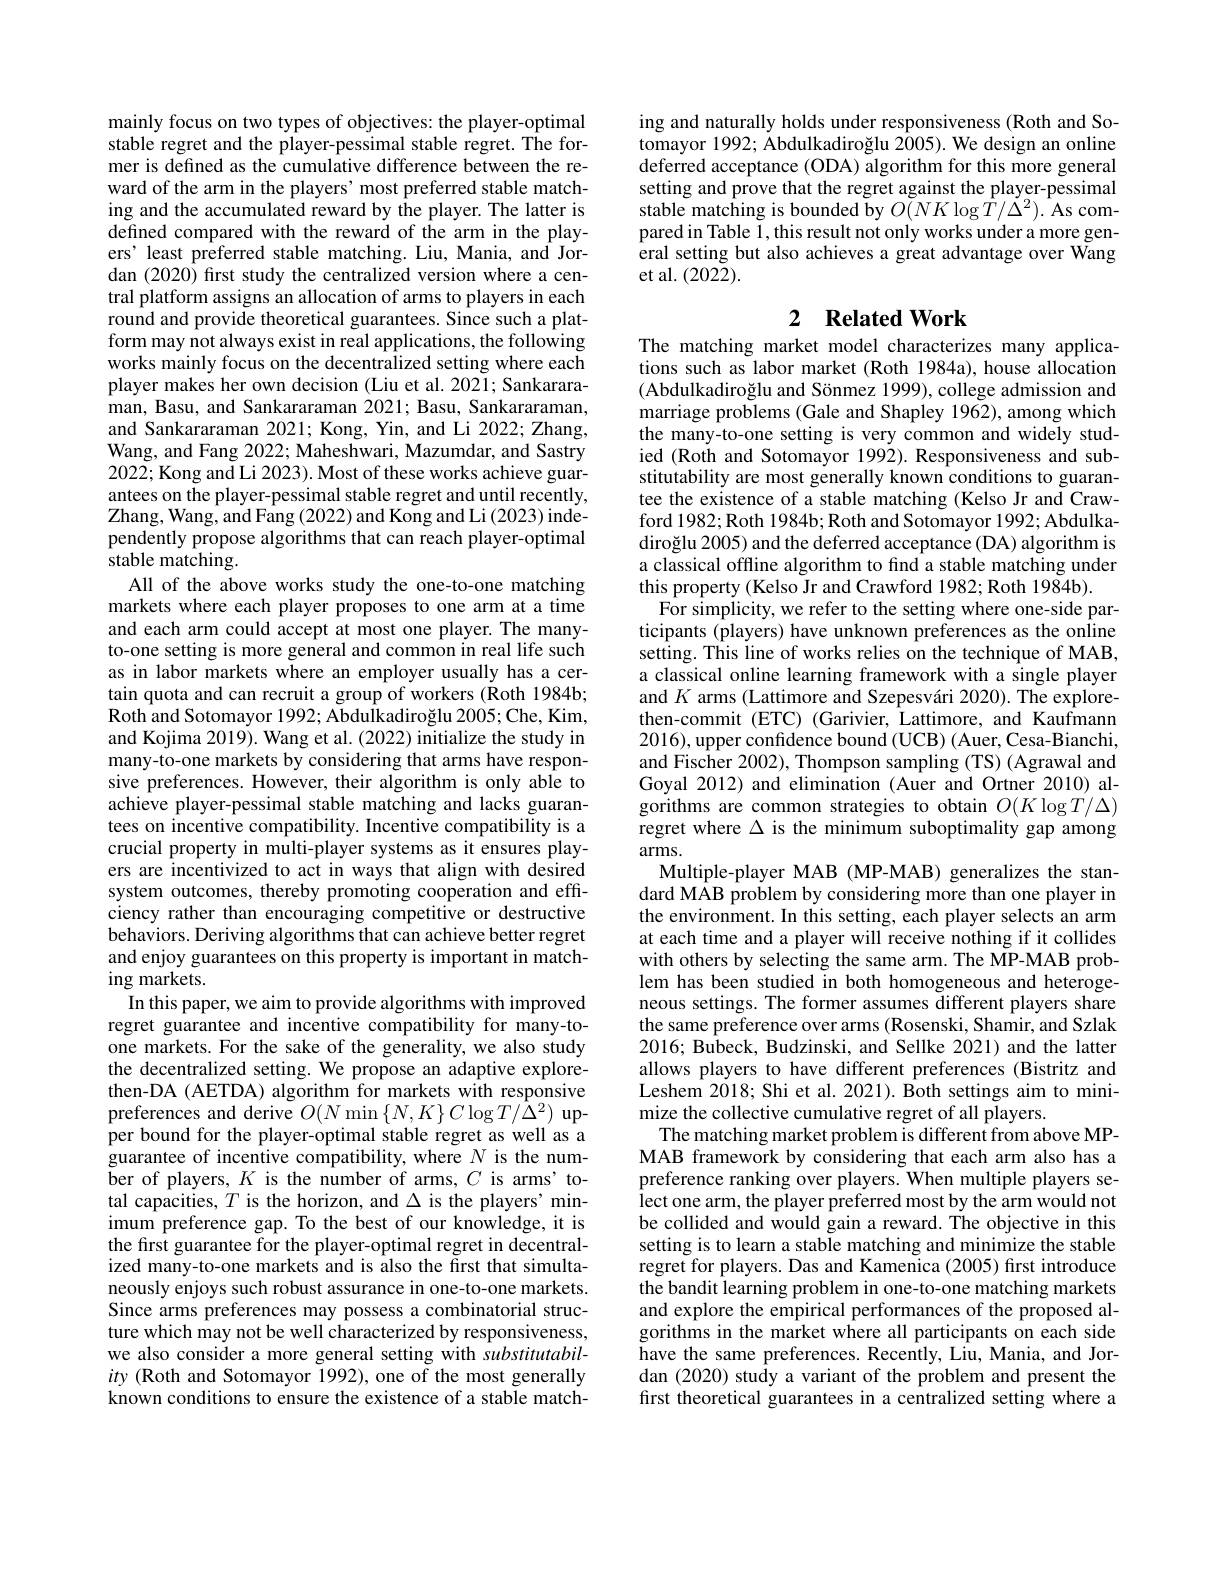
mainly focus on two types of objectives: the player-optimal stable regret and the player-pessimal stable regret. The former is defined as the cumulative difference between the reward of the arm in the players' most preferred stable matching and the accumulated reward by the player. The latter is defined compared with the reward of the arm in the players' least preferred stable matching. Liu, Mania, and Jordan (2020) first study the centralized version where a central platform assigns an allocation of arms to players in each round and provide theoretical guarantees. Since such a platform may not always exist in real applications, the following works mainly focus on the decentralized setting where each player makes her own decision (Liu et al. 2021; Sankararaman, Basu, and Sankararaman 2021; Basu, Sankararaman, and Sankararaman 2021; Kong, Yin, and Li 2022; Zhang, Wang, and Fang 2022; Maheshwari, Mazumdar, and Sastry 2022; Kong and Li 2023). Most of these works achieve guarantees on the player-pessimal stable regret and until recently, Zhang, Wang, and Fang ( 2022) and Kong and Li ( 2023) inde- pendently propose algorithms that can reach player-optimal $\bar{\text{stable matching}}.$
All of the above works study the one-to-one matching markets where each player proposes to one arm at a time and each arm could accept at most one player. The manyto-one setting is more general and common in real life such as in labor markets where an employer usually has a certain quota and can recruit a group of workers (Roth 1984b; Roth and Sotomayor 1992; Abdulkadiro$\v {g}$lu 2005; Che, Kim, and Kojima 2019). Wang et al. (2022) initialize the study in many-to-one markets by considering that arms have responsive preferences. However, their algorithm is only able to achieve player-pessimal stable matching and lacks guarantees on incentive compatibility. Incentive compatibility is a crucial property in multi-player systems as it ensures players are incentivized to act in ways that align with desired system outcomes, thereby promoting cooperation and efficiency rather than encouraging competitive or destructive behaviors. Deriving algorithms that can achieve better regret and enjoy guarantees on this property is important in matching markets.
In this paper, we aim to provide algorithms with improved regret guarantee and incentive compatibility for many-toone markets. For the sake of the generality, we also study the decentralized setting. We propose an adaptive explorethen-DA (AETDA) algorithm for markets with responsive preferences and derive $O(N\operatorname*{min}\left\{N,K\right\}C\log T/\hat{\Delta}^{2})$ upper bound for the player-optimal stable regret as well as a guarantee of incentive compatibility, where $N$ is the number of players, $K$ is the number of arms, $C$ is arms'total capacities, $T$ is the horizon, and $\Delta$ is the players' minimum preference gap. To the best of our knowledge, it is the first guarantee for the player-optimal regret in decentralized many-to-one markets and is also the first that simultaneously enjoys such robust assurance in one-to-one markets. Since arms preferences may possess a combinatorial structure which may not be well characterized by responsiveness, we also consider a more general setting with substitutability (Roth and Sotomayor 1992), one of the most generally known conditions to ensure the existence of a stable match-

ing and naturally holds under responsiveness (Roth and Sotomayor 1992; Abdulkadiroğlu 2005). We design an online deferred acceptance (ODA) algorithm for this more general setting and prove that the regret against the player-pessimal ${\mathrm{stable~matching~is~bounded~by~}}O({\bar{N}}K\log{\hat{T}}/{\dot{\Delta}}^{2}).{\bar{\mathrm{As~com-}}}$ pared in Table 1, this result not only works under a more general setting but also achieves a great advantage over Wang et al. (2022).

## 2 $\textbf{Related Work}$ The matching market model characterizes many applica-

tions such as labor market (Roth 1984a), house allocation (Abdulkadiroğlu and Sönmez 1999), college admission and marriage problems (Gale and Shapley 1962), among which the many-to-one setting is very common and widely studied (Roth and Sotomayor 1992). Responsiveness and substitutability are most generally known conditions to guarantee the existence of a stable matching (Kelso Jr and Crawford 1982; Roth 1984b; Roth and Sotomayor 1992; Abdulkadiroğlu 2005) and the deferred acceptance (DA) algorithm is a classical offline algorithm to find a stable matching under this property (Kelso Jr and Crawford 1982; Roth 1984b).
For simplicity, we refer to the setting where one-side participants (players) have unknown preferences as the online setting. This line of works relies on the technique of MAB, a classical online learning framework with a single player and $K$ arms (Lattimore and Szepesvári 2020). The explorethen-commit (ETC) (Garivier, Lattimore, and Kaufmann 2016),upper confidence bound (UCB) (Auer, Cesa-Bianchi, and Fischer 2002), Thompson sampling (TS) (Agrawal and Goyal 2012) and elimination (Auer and Ortner 2010) al- $\tilde{\text{gorithms are common strategies to obtain }O}(K\log T/\Delta)$ regret where $\Delta$ is the minimum suboptimality gap among arms.
Multiple-player MAB (MP-MAB) generalizes the standard MAB problem by considering more than one player in the environment. In this setting, each player selects an arm at each time and a player will receive nothing if it collides with others by selecting the same arm. The MP-MAB problem has been studied in both homogeneous and heterogeneous settings. The former assumes different players share the same preference over arms (Rosenski, Shamir, and Szlak 2016; Bubeck, Budzinski, and Sellke 2021) and the latter allows players to have different preferences (Bistritz and Leshem 2018; Shi et al. 2021). Both settings aim to minimize the collective cumulative regret of all players.
The matching market problem is different from above MPMAB framework by considering that each arm also has a preference ranking over players. When multiple players select one arm, the player preferred most by the arm would not be collided and would gain a reward. The objective in this setting is to learn a stable matching and minimize the stable regret for players. Das and Kamenica (2005) frst introduce the bandit learning problem in one-to-one matching markets and explore the empirical performances of the proposed algorithms in the market where all participants on each side have the same preferences. Recently, Liu, Mania, and Jordan (2020) study a variant of the problem and present the first theoretical guarantees in a centralized setting where a